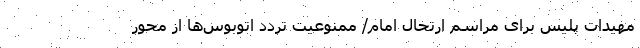
مهیدات پلیس برای مراسم ارتحال امام/ ممنوعیت تردد اتوبوس‌ها از محور